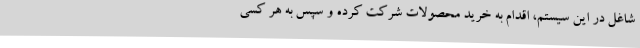
شاغل در این سیستم، اقدام به خرید محصولات شرکت کرده و سپس به هر کسی